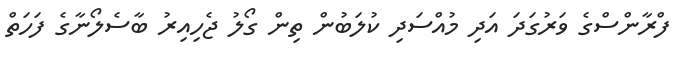
ފްރާންސްގެ ވަރުގަދަ އަދި މުއްސަދި ކުލަބުން ތިން ގޯލު ޖެހިއިރު ބާސެލޯނާގެ ފަހަތް